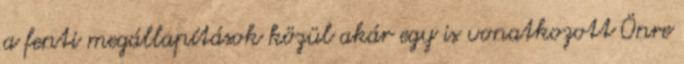
a fenti megállapítások közül akár egy is vonatkozott Önre